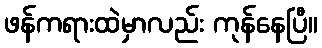
ဖန်ကရားထဲမှာလည်း ကုန်နေပြီ။